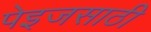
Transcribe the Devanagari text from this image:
पेइजसाठी